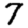
Digit: 7